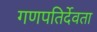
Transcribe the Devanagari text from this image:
गणपतिर्देवता